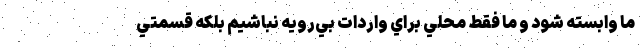
ما وابسته شود و ما فقط محلي براي واردات بي‌رويه نباشيم بلكه قسمتي